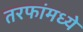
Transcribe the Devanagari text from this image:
तरफांमध्ये